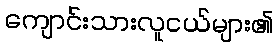
ကျောင်းသားလူငယ်များ၏